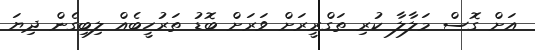
އަށް ގޮސް މަލާލާ ކުރި ތަގްރީރަށް ވަރަށް ބޮޑު ތަރުހީބެއް ލިބިގެން ދިޔަ